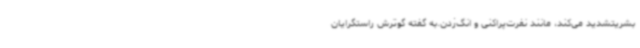
بشریتشدید می‌کند، مانند نفرت‌پراکنی و انگ‌زدن.به گفته گوترش راستگرایان